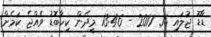
ޑާޑޫ ޖުލައި 16